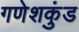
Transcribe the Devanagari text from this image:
गणेशकुंड